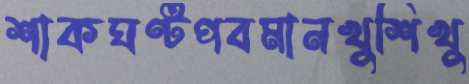
শাকঘণ্টপবমানখুশিখু